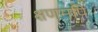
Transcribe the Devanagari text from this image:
क्षणमपि